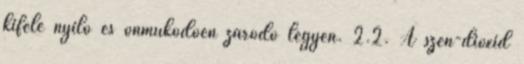
kifelé nyíló és önmûködõen záródó legyen. 2.2. A szén-dioxid